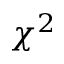
\chi ^ { 2 }